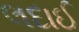
લદાઈ